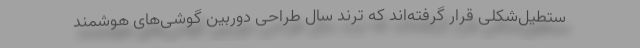
ستطیل‌شکلی قرار گرفته‌اند که ترند سال طراحی دوربین گوشی‌های هوشمند